Annual administration report of the Civil Veterinary Department of India - 1894-1895
Year: 1894
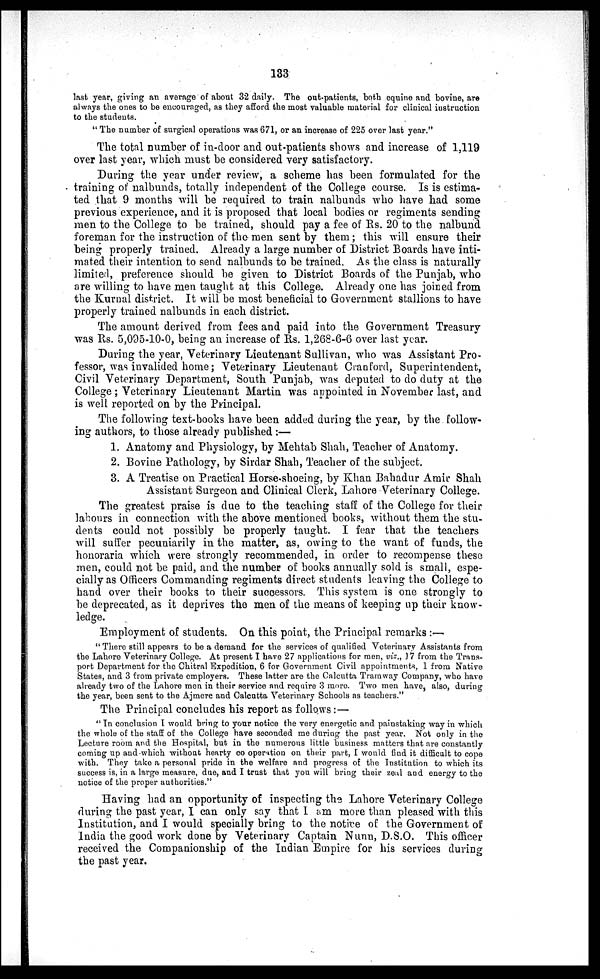
133
last year, giving an average of about 32 daily. The out-patients, both equine and bovine, are
always the ones to be encouraged, as they afford the most valuable material for clinical instruction
to the students.
" The number of surgical operations was 671, or an increase of 225 over last year."
The total number of in-door and out-patients shows and increase of 1,119
over last year, which must be considered very satisfactory.
During the year under review, a scheme has been formulated for the
training of nalbunds, totally independent of the College course. Is is estima-
ted that 9 months will be required to train nalbunds who have had some
previous experience, and it is proposed that local bodies or regiments sending
men to the College to be trained, should pay a fee of Rs. 20 to the nalbund
foreman for the instruction of the men sent by them; this will ensure their
being properly trained. Already a large number of District Boards have inti-
mated their intention to send nalbunds to be trained. As the class is naturally
limited, preference should be given to District Boards of the Punjab, who
are willing to have men taught at this College. Already one has joined from
the Kurnal district. It will be most beneficial to Government stallions to have
properly trained nalbunds in each district.
The amount derived from fees and paid into the Government Treasury
was Rs. 5,095-10-0, being an increase of Rs. 1,268-6-6 over last year.
During the year, Veterinary Lieutenant Sullivan, who was Assistant Pro-
fessor, was invalided home; Veterinary Lieutenant Cranford, Superintendent,
Civil Veterinary Department, South Punjab, was deputed to do duty at the
College ; Veterinary Lieutenant Martin was appointed in November last, and
is well reported on by the Principal.
The following test-books have been added during the year, by the follow-
ing authors, to those already published :—
1. Anatomy and Physiology, by Mehtab Shah, Teacher of Anatomy.
2. Bovine Pathology, by Sirdar Shah, Teacher of the subject.
3. A Treatise on Practical Horse shoeing, by Khan Bahadur Amir Shah
Assistant Surgeon and Clinical Clerk, Lahore Veterinary College.
The greatest praise is due to the teaching staff of the College for their
labours in connection with the above mentioned books, without them the stu-
dents could not possibly be properly taught. I fear that the teachers
will suffer pecuniarily in the matter, as, owing to the want of funds, the
honoraria which were strongly recommended, in order to recompense these
men, could not be paid, and the number of books annually sold is small, espe-
cially as Officers Commanding regiments direct students leaving the College to
hand over their books to their successors. This system is one strongly to
be deprecated, as it deprives the men of the means of keeping up their know-
ledge.
Employment of students. On this point, the Principal remarks :—
" There still appears to be a demand for the services of qualified Veterinary Assistants from
the Lahore Veterinary College. At present I have 27 applications for men, viz., 17 from the Trans-
port Department for the Chitral Expedition, 6 for Government Civil appointments, 1 from Native
States, and 3 from private employers. These latter are the Calcutta Tramway Company, who have
already two of the Lahore men in their service and require 3 more. Two men have, also, during
the year, been sent to the Ajmere and Calcutta Veterinary Schools as teachers."
The Principal concludes his report as follows:—
" In conclusion I would bring to your notice the very energetic and painstaking way in which
the whole of the staff of the College have seconded me during the past year. Not only in the
Lecture room and the Hospital, but in the numerous little business matters that are constantly
coming up and which without hearty co operation on their part, I would find it difficult to cope
with. They take a personal pride in the welfare and progress of the Institution to which its
success is, in a large measure, due, and I trust that you will bring their zeal and energy to the
notice of the proper authorities."
Having had an opportunity of inspecting the Lahore Veterinary College
during the past year, I can only say that I am more than pleased with this
Institution, and I would specially bring to the notice of the Government of
India the good work done by Veterinary Captain Nunn, D.S.O. This officer
received the Companionship of the Indian Empire for his services during
the past year.